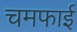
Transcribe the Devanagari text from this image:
चमफाई